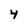
Character: 4